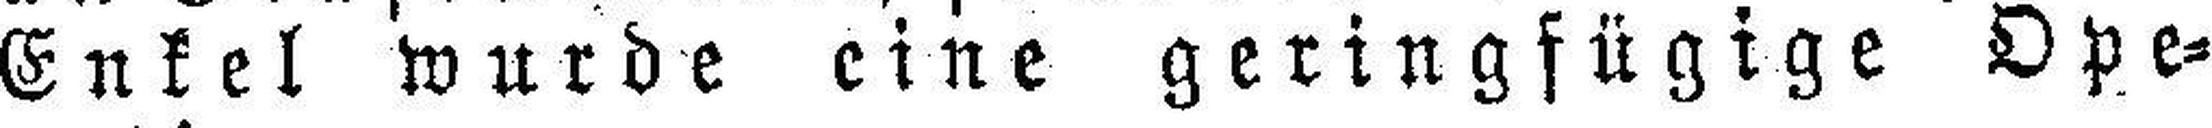
Enkel wurde eine geringfügige Ope¬